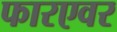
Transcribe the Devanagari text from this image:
फारएवर